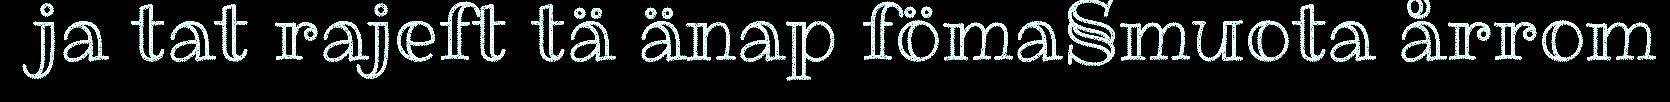
ja tat rajeft tä änap föma§muota årrom